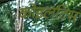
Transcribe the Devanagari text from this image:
कोइलटिस